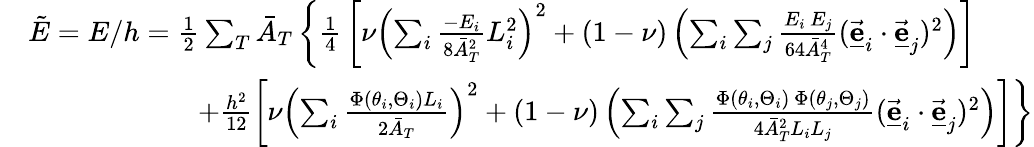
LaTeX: \begin{array}{rl}&{\tilde{E}=E/h=\frac{1}{2}\sum_{T}\bar{A}_{T}\, \bigg\{ \frac{1}{4}\, \left[\nu\left(\sum_{i}\frac{-E_{i}}{8\bar{A}_{T}^{2}}L_{i}^{2}\right)^{2}+(1-\nu)\left(\sum_{i}\sum_{j}\frac{E_{i}\, E_{j}}{64\bar{A}_{T}^{4}}(\underline{{\vec{\mathbf e}}}_{i}\cdot\underline{{\vec{\mathbf e}}}_{j})^{2}\right)\right]}\\ &{\qquad\qquad\qquad+\frac{h^{2}}{12}\left[\nu\left(\sum_{i}\frac{\Phi(\theta_{i},\Theta_{i})L_{i}}{2\bar{A}_{T}}\right)^{2}+(1-\nu)\left(\sum_{i}\sum_{j}\frac{\Phi(\theta_{i},\Theta_{i})\, \Phi(\theta_{j},\Theta_{j})}{4\bar{A}_{T}^{2}L_{i}L_{j}}(\underline{{\vec{\mathbf e}}}_{i}\cdot\underline{{\vec{\mathbf e}}}_{j})^{2}\right)\right]\bigg\} }\end{array}